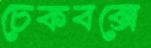
চেকবক্সে